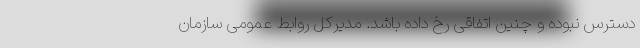
دسترس نبوده و چنین اتفاقی رخ داده باشد. مدیرکل روابط عمومی سازمان